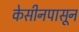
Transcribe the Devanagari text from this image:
केसीनपासून